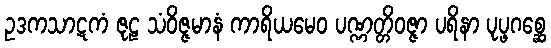
ဥဒကသာဋကံ ဇုဠ သံဝိဇ္ဇမာနံ ကာရိယမေဝ ပဏ္ဏတ္တိဝဇ္ဇာ ပရိနာ ပုပ္ဖဂစ္ဆေ